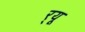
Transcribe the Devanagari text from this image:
र्‌यू